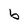
Character: b